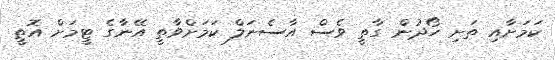
ކަމަށާއި ތަށި ހޯދުން ގާތީ ވެސް އާސެނަލް ކަމަށްވާތީ އޭނާގެ ޓީމަށް އޮތީ